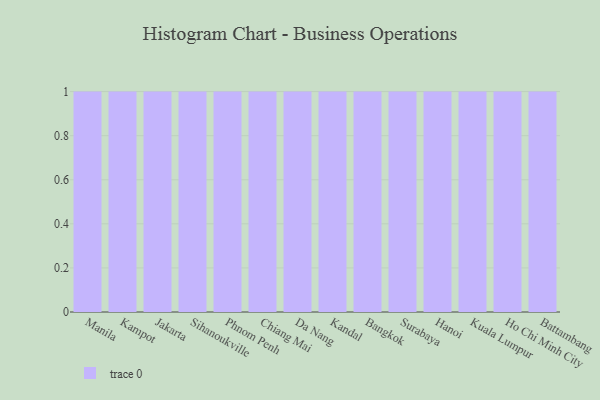
{"axis": {"x": "City", "y": "Market Share (%)"}, "legend": [""], "data": [{"x": "Manila", "y": 73, "type": ""}, {"x": "Kampot", "y": 43, "type": ""}, {"x": "Jakarta", "y": 77, "type": ""}, {"x": "Sihanoukville", "y": 50, "type": ""}, {"x": "Phnom Penh", "y": 28, "type": ""}, {"x": "Chiang Mai", "y": 57, "type": ""}, {"x": "Da Nang", "y": 46, "type": ""}, {"x": "Kandal", "y": 97, "type": ""}, {"x": "Bangkok", "y": 9, "type": ""}, {"x": "Surabaya", "y": 82, "type": ""}, {"x": "Hanoi", "y": 72, "type": ""}, {"x": "Kuala Lumpur", "y": 28, "type": ""}, {"x": "Ho Chi Minh City", "y": 22, "type": ""}, {"x": "Battambang", "y": 47, "type": ""}]}